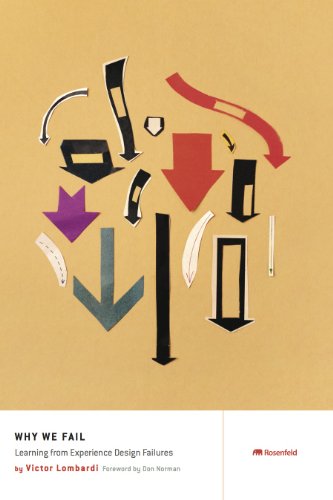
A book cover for Why We Fail: Learning from Experience Design Failures; Victor Lombardi; Business & Money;